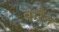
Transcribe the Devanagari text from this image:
वारैन